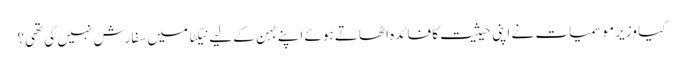
کیا وزیر موسمیات نے اپنی حیثیت کا فائدہ اٹھاتے ہوئے اپنے بہن کے لیے نیکٹا میں سفارش نہیں کی تھی؟